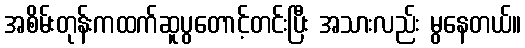
အစိမ်းတုန်းကထက်ဆူပွတောင့်တင်းပြီး အသားလည်း မွနေတယ်။